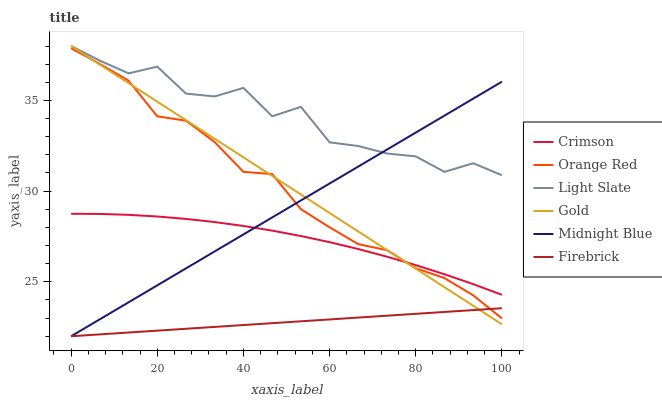
| xaxis_label | Crimson | Orange Red | Light Slate | Gold | Midnight Blue | Firebrick |
 | --- | --- | --- | --- | --- | --- | --- |
 | 0 | 28.8 | 37.9 | 38 | 38 | 22 | 22 |
 | 6.67 | 28.7 | 37 | 37.2 | 37 | 22.9 | 22.1 |
 | 13.3 | 28.7 | 36.1 | 36.5 | 36 | 23.9 | 22.2 |
 | 20 | 28.6 | 34.1 | 36.9 | 34.9 | 24.8 | 22.3 |
 | 26.7 | 28.5 | 33.9 | 35.4 | 33.9 | 25.7 | 22.4 |
 | 33.3 | 28.3 | 32.7 | 35.2 | 32.9 | 26.7 | 22.5 |
 | 40 | 28.1 | 31.1 | 35.7 | 31.9 | 27.6 | 22.6 |
 | 46.7 | 27.8 | 30.9 | 34.1 | 30.8 | 28.5 | 22.7 |
 | 53.3 | 27.5 | 29 | 34.6 | 29.8 | 29.5 | 22.8 |
 | 60 | 27.2 | 28 | 32.7 | 28.8 | 30.4 | 22.9 |
 | 66.7 | 26.8 | 27.1 | 32.5 | 27.8 | 31.4 | 23 |
 | 73.3 | 26.4 | 26.7 | 32.1 | 26.8 | 32.3 | 23.1 |
 | 80 | 25.9 | 25.7 | 31.9 | 25.7 | 33.2 | 23.2 |
 | 86.7 | 25.4 | 25.2 | 31.1 | 24.7 | 34.2 | 23.3 |
 | 93.3 | 24.9 | 24.3 | 31.5 | 23.7 | 35.1 | 23.4 |
 | 100 | 24.3 | 23 | 30.9 | 22.7 | 36 | 23.5 |